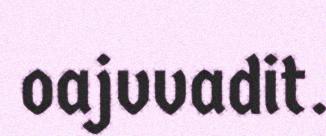
oajvvadit.